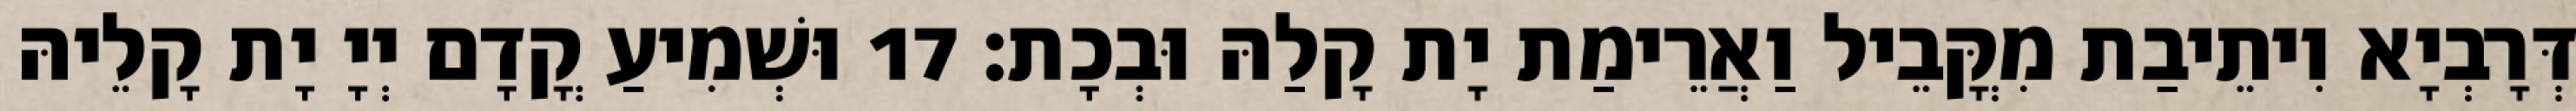
דְּרָבְיָא וִיתֵיבַת מִקֳּבֵיל וַאֲרֵימַת יָת קָלַהּ וּבְכָת׃ 17 וּשְׁמִיעַ קֳדָם יְיָ יָת קָלֵיהּ